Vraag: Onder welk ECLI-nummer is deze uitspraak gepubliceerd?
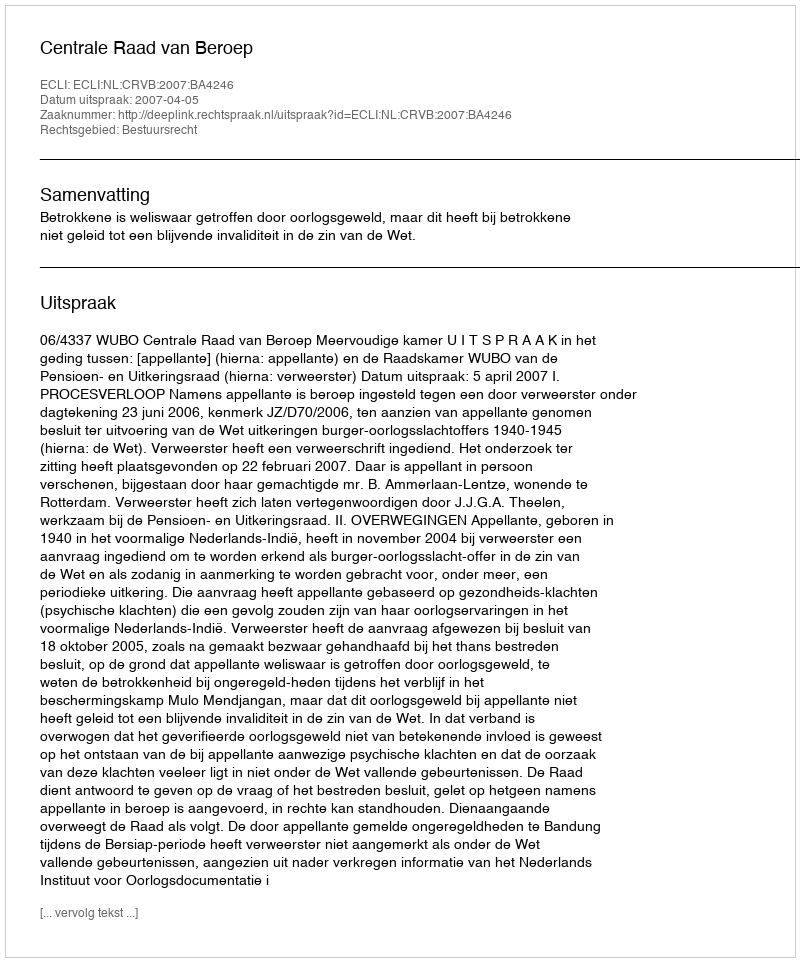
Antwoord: ECLI:NL:CRVB:2007:BA4246